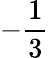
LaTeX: -\frac 13